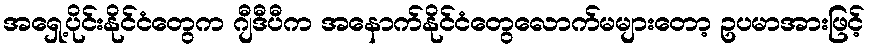
အရှေ့ပိုင်းနိုင်ငံတွေက ဂျီဒီပီက အနောက်နိုင်ငံတွေလောက်မများတော့ ဥပမာအားဖြင့်